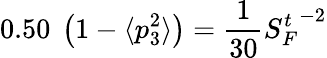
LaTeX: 0.50~\left(1-\langle p_{3}^{2}\rangle\right)=\frac{1}{30}{S_{F}^{t}}^{-2}